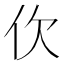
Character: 㐸